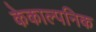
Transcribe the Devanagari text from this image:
केकाल्पनिक